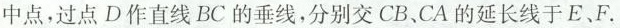
中点，过点D作直线BC的垂线，分别交CB、CA的延长线于E、F。